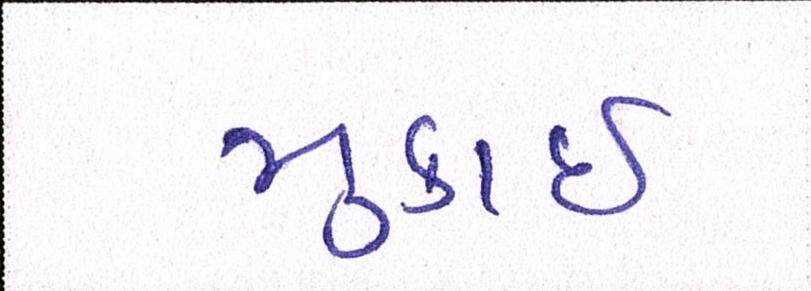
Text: મુકાઈ